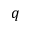
q